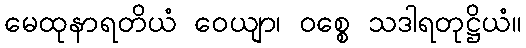
မေထုနာရတိယံ ဝေယျာ၊ ဝစ္စေ သဒါရတုဋ္ဌိယံ။